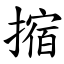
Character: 摍